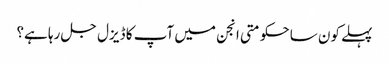
پہلے کون سا حکومتی انجن میں آپ کا ڈیزل جل رہا ہے؟